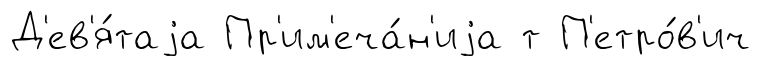
Д'ев'я́таjа Пр'им'еча́н'иjа т П'етро́в'ич